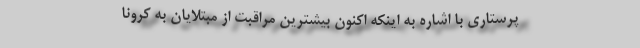
پرستاری با اشاره به اینکه اکنون بیشترین مراقبت از مبتلایان به کرونا